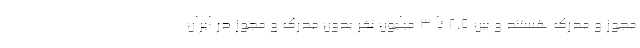
مجوز و مدرک هستند و بین ۲.۵ تا ۳ میلیون نفر بدون مدرک و مجوز در ایران